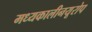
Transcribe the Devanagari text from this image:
मध्यकालीनयूरोप